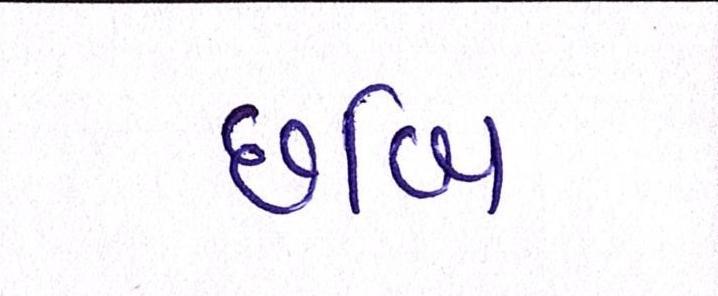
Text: છબિ